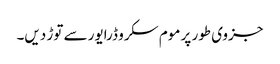
جزوی طور پر موم سکرو ڈرایور سے توڑ دیں۔